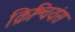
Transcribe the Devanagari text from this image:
क्रिश्चियंस